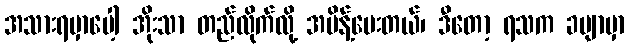
အသားရမှာပေါ့ အိုးသာ တည်လိုက်လို့ အမိန့်ပေးတယ်၊ ဒီတော့ ရသက ခမျာမှာ